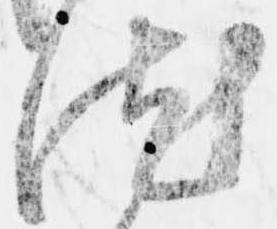
汰